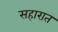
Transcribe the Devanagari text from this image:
सहारात